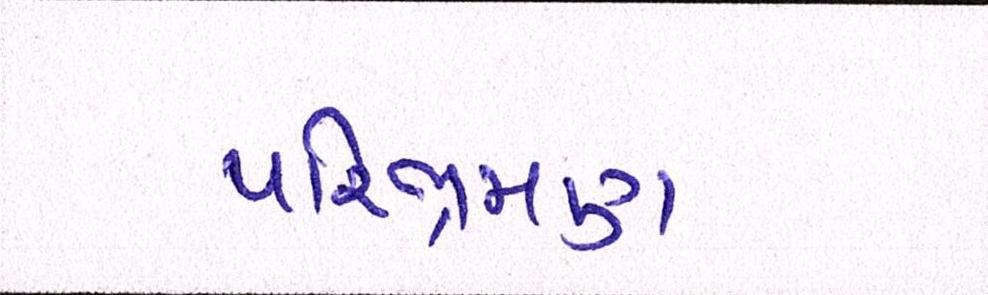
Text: પરિભ્રમણ